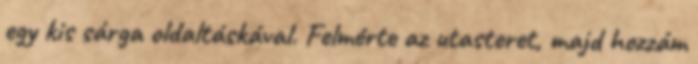
egy kis sárga oldaltáskával. Felmérte az utasteret, majd hozzám